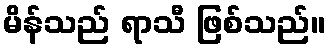
မိန်သည် ရာသီ ဖြစ်သည်။